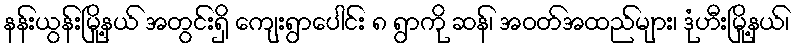
နန်းယွန်းမြို့နယ် အတွင်းရှိ ကျေးရွာပေါင်း ၈ ရွာကို ဆန်၊ အဝတ်အထည်များ၊ ဒုံဟီးမြို့နယ်၊